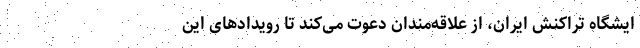
ایشگاه تراکنش ایران، از علاقه‌مندان دعوت می‌کند تا رویدادهای این